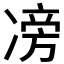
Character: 𠗵